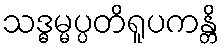
သဒ္ဓမ္မပ္ပတိရူပကန္တိ